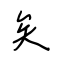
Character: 矣